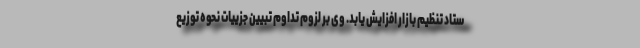
ستاد تنظیم بازار افزایش یابد. وی بر لزوم تداوم تبیین جزییات نحوه توزیع